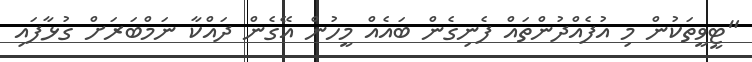
"ޓީވީތަކުން މި އުފެއްދުންތައް ފެނިގެން ބައެއް މީހުން އޭގެން ދައްކާ ނަމްބަރަށް ގުޅާފައި